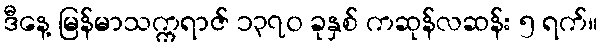
ဒီနေ့ မြန်မာသက္ကရာဇ် ၁၃၇၀ ခုနှစ် ကဆုန်လဆန်း ၅ ရက်။